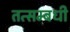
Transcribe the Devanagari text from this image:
तत्सम्बधी